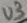
Text: U3